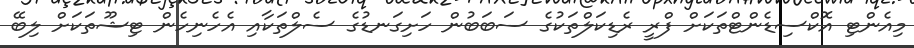
މިއެންޓި އޮކްސިޑެންޓްތަކަށް ފްރީ ރެޑިކަލްތަކުގެ ސަބަބުން ހަށިގަނޑުގެ ސެލްތަކާއި އެހެނިހެން ޓިޝޫތަކަށް ލިބޭ